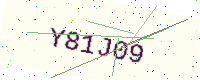
Text: Y81J09